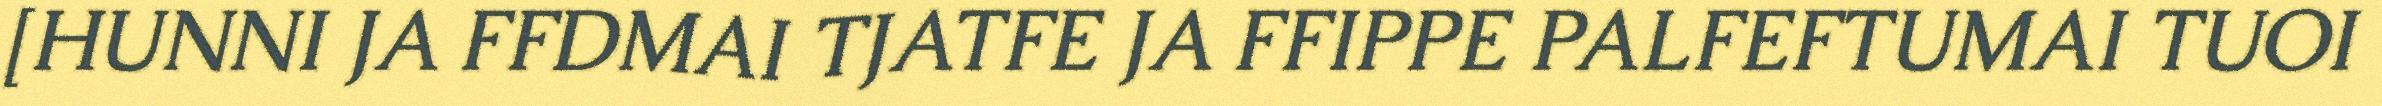
[HUNNI JA FFDMAI TJATFE JA FFIPPE PALFEFTUMAI TUOI